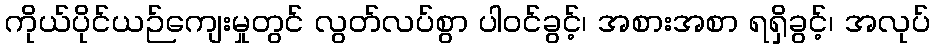
ကိုယ်ပိုင်ယဉ်ကျေးမှုတွင် လွတ်လပ်စွာ ပါဝင်ခွင့်၊ အစားအစာ ရရှိခွင့်၊ အလုပ်